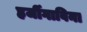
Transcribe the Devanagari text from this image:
हर्जीगाविना